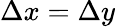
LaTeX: \Delta x=\Delta y